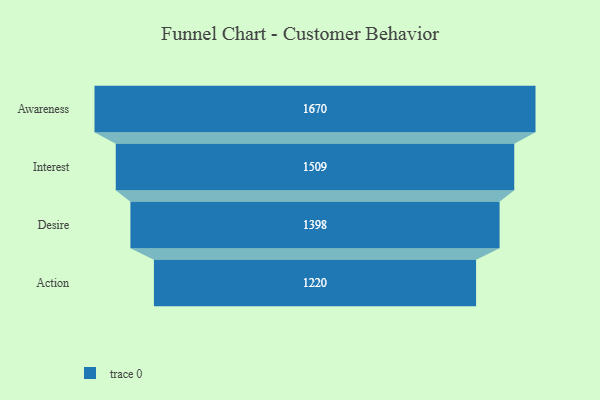
{"axis": {"x": "Stage", "y": "Value"}, "legend": [""], "data": [{"x": "Awareness", "y": 1670.0, "type": ""}, {"x": "Interest", "y": 1509.0, "type": ""}, {"x": "Desire", "y": 1398.0, "type": ""}, {"x": "Action", "y": 1220.0, "type": ""}]}